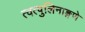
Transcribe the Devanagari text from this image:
त्वत्पुलिनाङ्गणे